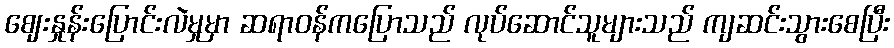
ဈေးနှုန်းပြောင်းလဲမှုမှာ ဆရာဝန်ကပြောသည် လုပ်ဆောင်သူများသည် ကျဆင်းသွားစေပြီး